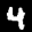
Label: 4